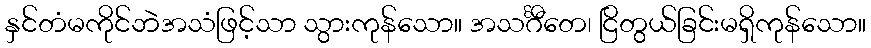
နှင်တံမကိုင်ဘဲအသံဖြင့်သာ သွားကုန်သော။ အသင်္ဂီတေ၊ ငြိတွယ်ခြင်းမရှိကုန်သော။